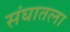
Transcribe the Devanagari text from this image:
संघातला